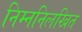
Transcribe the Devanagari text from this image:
निम्ननिलखित